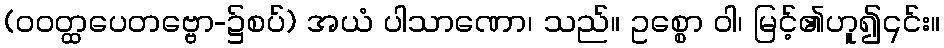
(ဝဝတ္ထပေတဗ္ဗော-၌စပ်) အယံ ပါသာဏော၊ သည်။ ဥစ္စော ဝါ၊ မြင့်၏ဟူ၍၎င်း။